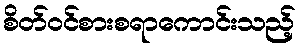
စိတ်ဝင်စားစရာကောင်းသည့်